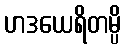
ဟဒယေရိတမ္ပိ